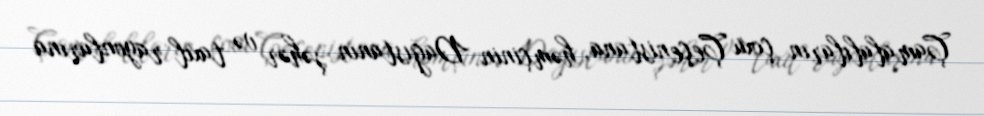
Çamalalıların çoxu Çeçenistana, həmçinin Dağıstanın şəhər və taxıl rayonlarına